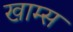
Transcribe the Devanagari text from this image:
खाम्स